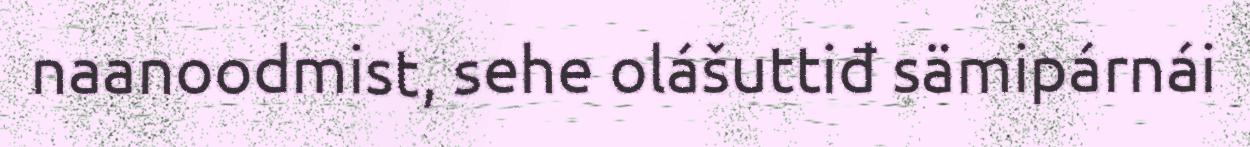
naanoodmist, sehe olášuttiđ sämipárnái